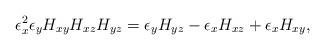
LaTeX: \begin{align*}\epsilon_x^2\epsilon_y H_{xy} H_{xz} H_{yz} = \epsilon_y H_{yz} - \epsilon_x H_{xz} + \epsilon_x H_{xy},\end{align*}